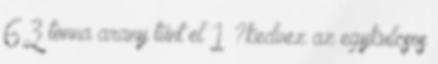
63 tonna arany tűnt el 1 ?kedvez az egykulcsos